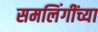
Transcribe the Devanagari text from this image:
समलिंगींच्या